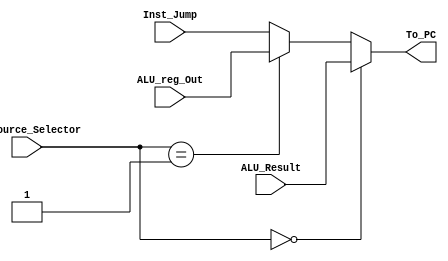
`timescale 1ns / 1ps
//////////////////////////////////////////////////////////////////////////////////
// Company: 
// Engineer: 
// 
// Design Name: 
// Module Name: PC_Mux
// Project Name: 
// Target Devices: 
// Tool Versions: 
// Description: 
// 
// Dependencies: 
// 
// Revision:
// Revision 0.01 - File Created
// Additional Comments:
// 
//////////////////////////////////////////////////////////////////////////////////


module PC_Mux(PC_Source_Selector,ALU_Result,ALU_reg_Out,Inst_Jump,To_PC);
    input [31:0] ALU_Result,ALU_reg_Out,Inst_Jump;
    input [1:0] PC_Source_Selector;
    output reg [31:0] To_PC;
    
    always @(*)
    begin
        if(PC_Source_Selector == 0)
             To_PC <= ALU_Result;
    
        else if(PC_Source_Selector == 1)
             To_PC <= ALU_reg_Out;
    
        else
             To_PC <= Inst_Jump;
    end
    endmodule